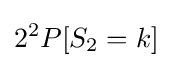
2^{2}P[S_{2}=k]